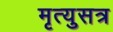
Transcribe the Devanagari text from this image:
मृत्युसत्र